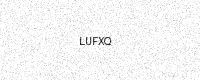
Text: LUFXQ